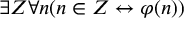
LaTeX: \exists Z \forall n ( n \in Z \leftrightarrow \varphi ( n ) )